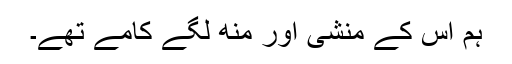
ہم اس کے منشی اور منھ لگے کامے تھے۔